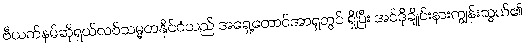
ဗီယက်နမ်ဆိုရှယ်လစ်သမ္မတနိုင်ငံသည် အရှေ့တောင်အာရှတွင် ရှိပြီး အင်ဒိုချိုင်းနားကျွန်းဆွယ်၏